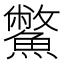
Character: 鱉